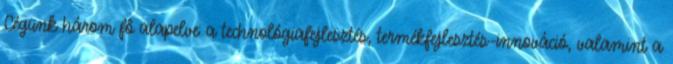
Cégünk három fô alapelve: a technológiafejlesztés, termékfejlesztés-innováció, valamint a